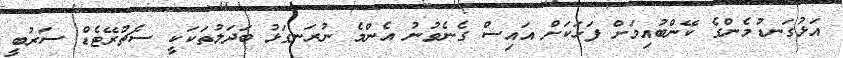
އަޅުގަނޑުމެންގެ ކޭންބުއިމަށް ފަހަކަށް އައިސް ގެނެވުނު އެންމެ ނުރަނގަޅު ބަދަލުތަކަކީ ސެޗުރޭޓެޑް ސަރުބީ